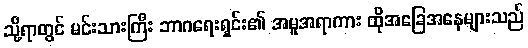
သို့ရာတွင် မင်းသားကြီး ဘာဂရေးရှင်း၏ အမူအရာကား ထိုအခြေအနေများသည်